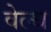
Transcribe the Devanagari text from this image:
वेल्‍थ